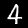
Digit: 4